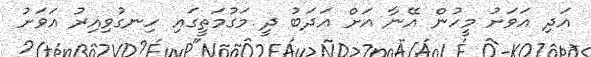
އަދި އަވަށު މީހުން އޭނާ އަށް އަދަބު ދީ މަގުމަތީގައި ހިނގުވިއިރު އަވަށު